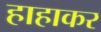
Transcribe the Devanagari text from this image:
हाहाकर